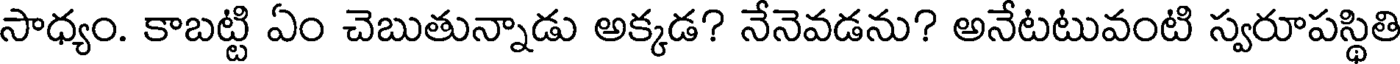
సాధ్యం. కాబట్టి ఏం చెబుతున్నాడు అక్కడ? నేనెవడను? అనేటటువంటి స్వరూపస్థితి